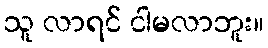
သူ လာရင် ငါမလာဘူး။